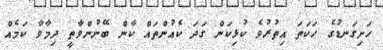
ހަށިގަނޑުގެ ހަކަތަ އިތުރުވެ ކުޅިކަން ގަދަ ކެއުންތައް ކާން ބޭނުންވާތީ ދިމާވާ ކަމެއް